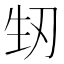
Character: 𭃚